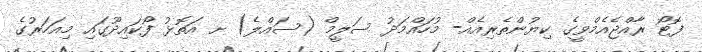
ފޮޓޯ ރާއްޖެއެމްވީގެ ކިޔުންތެރިއެއް- މުހައްމަދު ސަލީމް (ސައްލެ) ށ އަތޮޅު ފޯކައިދޫގައި މިއަހަރުގެ